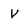
Character: V